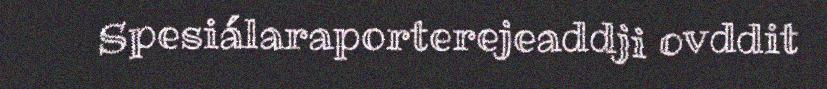
Spesiálaraporterejeaddji ovddit